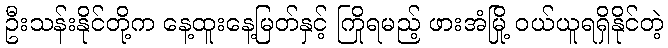
ဦးသန်းနိုင်တို့က နေ့ထူးနေ့မြတ်နှင့် ကြိုရမည့် ဖားအံမြို့ ဝယ်ယူရရှိနိုင်တဲ့